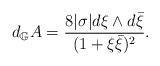
LaTeX: \begin{align*}d_{\mathbb G}A=\frac{8|\sigma|d\xi\wedge d\bar{\xi}}{(1+\xi\bar{\xi})^2}.\end{align*}